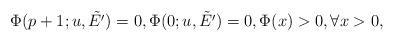
LaTeX: \begin{align*}\Phi(p+1; u,\tilde{E'})=0,\Phi(0;u,\tilde{E'})=0,\Phi(x)>0,\forall x>0,\end{align*}